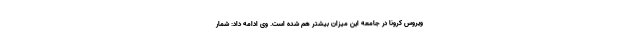
ویروس کرونا در جامعه این میزان بیشتر هم شده است. وی ادامه داد: شمار